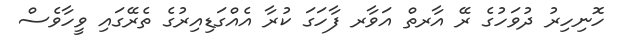
ހޮނިހިރު ދުވަހުގެ ރޭ އާރތް އަވާރ ފާހަގަ ކުރާ އެއްގަޑިއިރުގެ ތެރޭގައި ވީހާވެސް